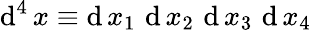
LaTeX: \operatorname{d}^{4}x\equiv\operatorname{d}x_{1}\, \operatorname{d}x_{2}\, \operatorname{d}x_{3}\, \operatorname{d}x_{4}